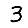
Digit: 3